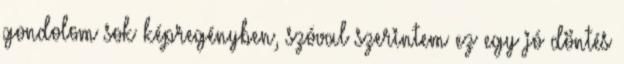
gondolom sok képregényben, szóval szerintem ez egy jó döntés